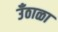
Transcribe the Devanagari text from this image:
उँठाळा